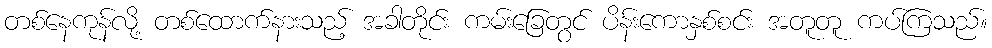
တစ်နေကုန်လို့ တစ်ထောက်နားသည့် အခါတိုင်း ကမ်းခြေတွင် ပိန်းကောနှစ်စင်း အတူတူ ကပ်ကြသည်။